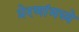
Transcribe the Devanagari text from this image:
प्रेरणांमध्ये